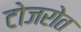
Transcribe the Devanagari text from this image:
टोजरोत